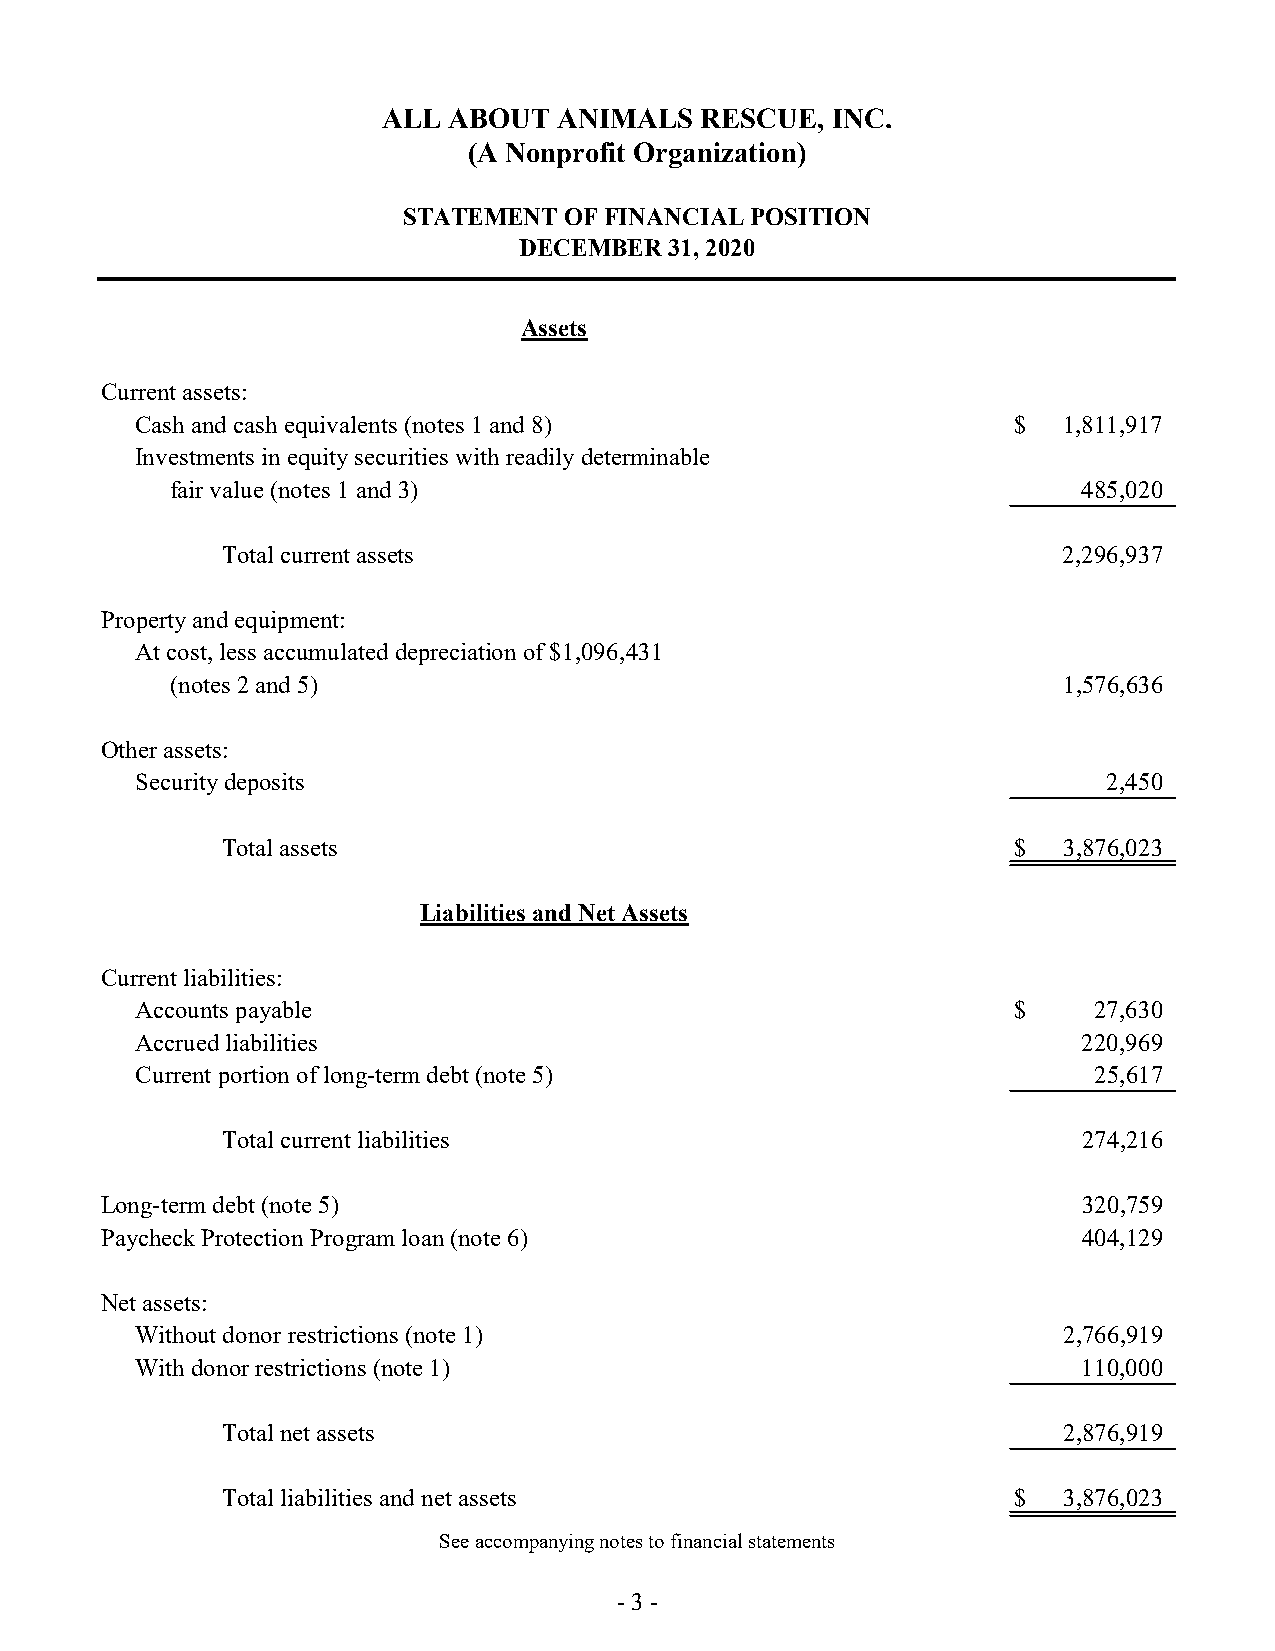
ALL  ABOUT  ANIMALS  RESCUE,  INC.
 (A Nonprofit Organization)
 STATEMENT OF FINANCIAL POSITION
 DECEMBER  31, 2020
 Assets
 Current assets:
 Cash and cash equivalents (notes 1 and 8)                 $  1 ,811,917
 Investments in equity securities with readily determinable
 fair value (notes 1 and 3)                                   485,020
 Total current assets                                   2,296,937
 Property and equipment:
 At cost, less accumulated depreciation of $1,096,431
 (notes 2 and 5)                                            1,576,636
 Other assets:
 Security deposits                                               2 ,450
 Total assets                                        $  3 ,876,023
 Liabilities and Net Assets
 Current liabilities:
 Accounts payable                                          $    2 7,630
 Accrued liabilities                                            2 20,969
 Current portion of long-term debt (note 5)                     25,617
 Total current liabilities                                274,216
 Long-term debt (note 5)                                          320,759
 Paycheck Protection Program loan (note 6)                        404,129
 Net assets:
 Without donor restrictions (note 1)                          2,766,919
 With donor restrictions (note 1)                               110,000
 Total net assets                                       2,876,919
 Total liabilities and net assets                    $  3 ,876,023
 See accompanying notes to financial statements
 - 3 -